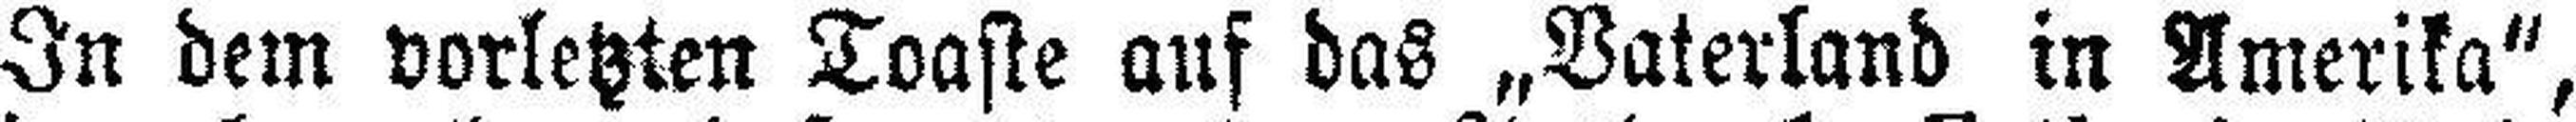
In dem vorletzten Toaste auf das „Vaterland in Amerika“,